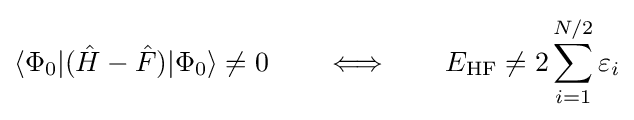
\langle \Phi _{0}|({\hat {H}}-{\hat {F}})|\Phi _{0}\rangle \neq 0\qquad \Longleftrightarrow \qquad E_{\text{HF}}\neq 2\sum _{i=1}^{N/2}\varepsilon _{i}